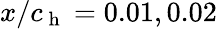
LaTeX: x/c_{\mathrm{~h~}}=0.01,0.02